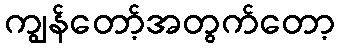
ကျွန်တော့်အတွက်တော့